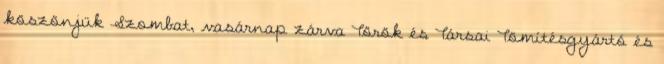
köszönjük Szombat, vasárnap zárva Török és Társai Tömítésgyártó és